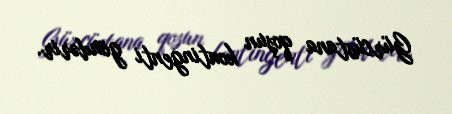
Gürcüstana qoşun kontingenti göndərir.